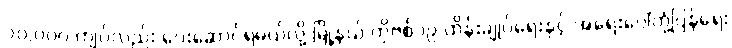
၁၀,၀၀၀ ကျပ်လည်း ပေးဆောင်ရမယ်လို့ မြို့နယ် ကိုဗစ်၁၉ ထိန်းချုပ်ရေးနှင့် အရေးပေါ်တုံ့ပြန်ရေး